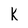
Character: k